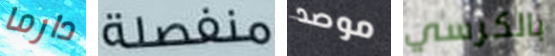
دارما منفصلة موصد بالكرسي